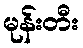
မုန်းတီး